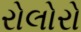
રોલોરો